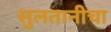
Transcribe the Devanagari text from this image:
सुलतानीचा